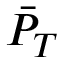
\bar { P } _ { T }